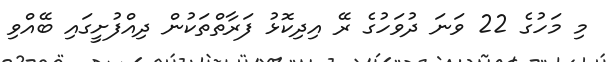
މި މަހުގެ 22 ވަނަ ދުވަހުގެ ރޭ އިދިކޮޅު ފަރާތްތަކުން ދިއްފުށީގައި ބޭއްވި